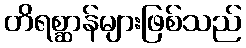
တိရစ္ဆာန်များဖြစ်သည်